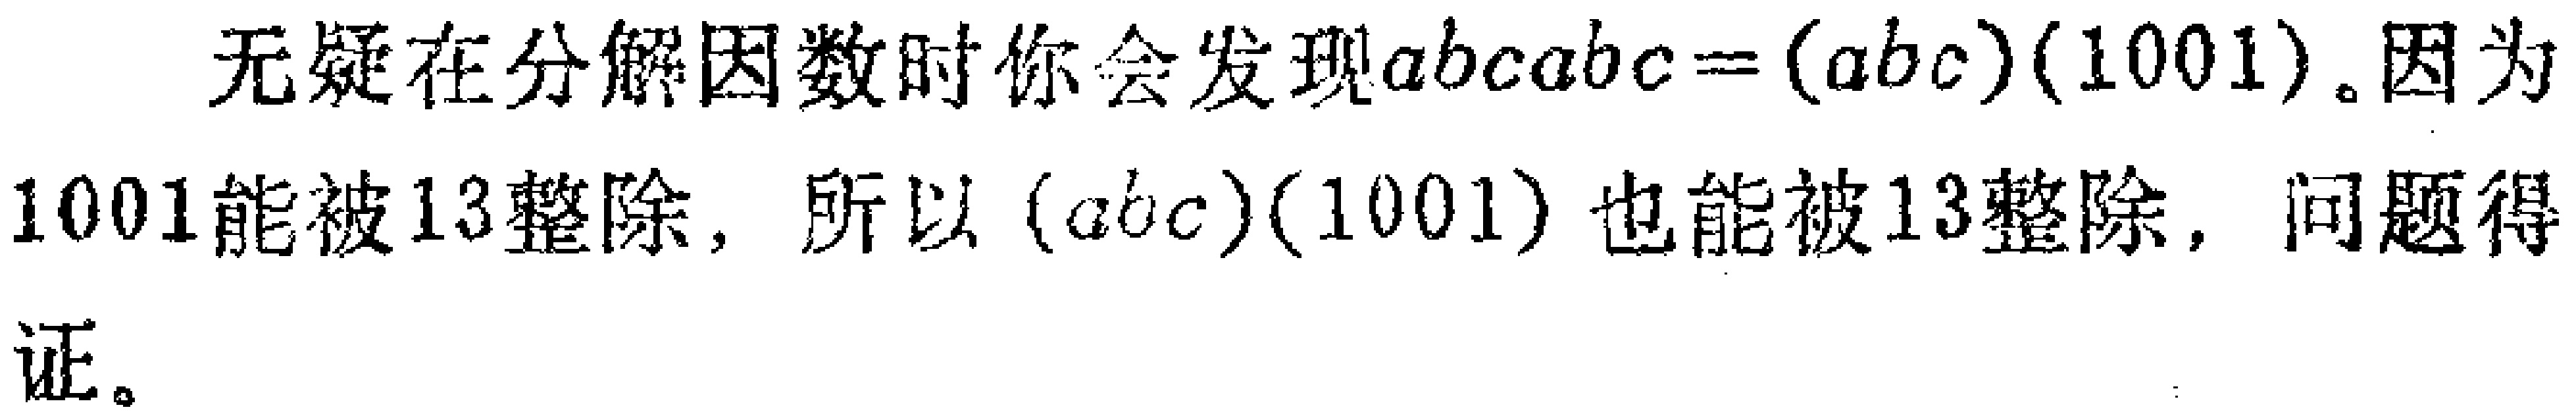
无疑在分解因数时你会发现\(abcabc=(abc)(1001)\)。因为\(1001\)能被\(13\)整除，所以\((abc)(1001)\)也能被\(13\)整除，问题得证。